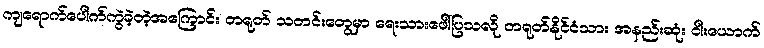
ကျရောက်ပေါက်ကွဲခဲ့တဲ့အကြောင်း တရုတ် သတင်းတွေမှာ ရေးသားဖေါ်ပြသလို တရုတ်နိုင်ငံသား အနည်းဆုံး ငါးယောက်